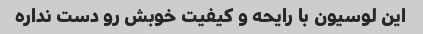
این لوسیون با رایحه و کیفیت خوبش رو دست نداره